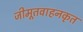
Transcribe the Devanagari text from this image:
जीमूतवाहनकृत